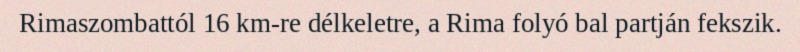
Rimaszombattól 16 km-re délkeletre, a Rima folyó bal partján fekszik.